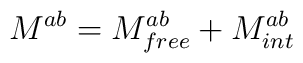
M^{ab}=M^{ab}_{free}+M^{ab}_{int}